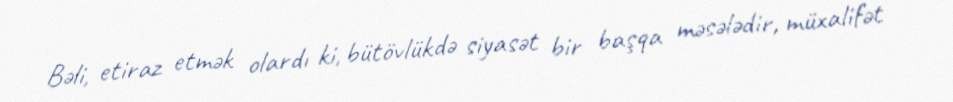
Bəli, etiraz etmək olardı ki, bütövlükdə siyasət bir başqa məsələdir, müxalifət